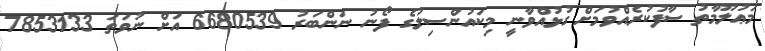
މަޢުލޫމާތު ސާފުކުރެއްވުމަށް ގުޅުއްވާނީ މިކައުންސިލުގެ ފޯނު ނަންބަރު 6680539 އަށް ނުވަތަ 7853133